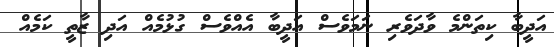
އަދީބާ ކިތަންމެ ވާދަވެރި ނަމަވެސް އަދީބާ އެއްވެސް ގުޅުމެއް އަދި ޒާތީ ކަމެއް